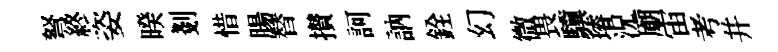
弩終姿暌剗惜腸替攅訶訥銓幻微畏驥璿況廟宙考幷